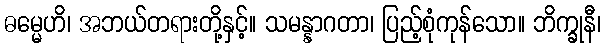
ဓမ္မေဟိ၊ အဘယ်တရားတို့နှင့်။ သမန္နာဂတာ၊ ပြည့်စုံကုန်သော။ ဘိက္ခုနီ၊